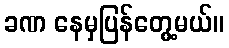
ခဏ နေမှပြန်တွေ့မယ်။